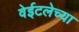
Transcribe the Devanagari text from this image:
वेईटलेच्या